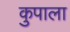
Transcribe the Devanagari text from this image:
कुपाला